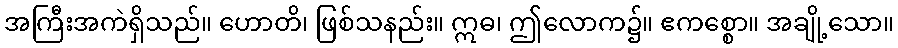
အကြီးအကဲရှိသည်။ ဟောတိ၊ ဖြစ်သနည်း။ ဣဓ၊ ဤလောက၌။ ဧကစ္စော။ အချို့သော။